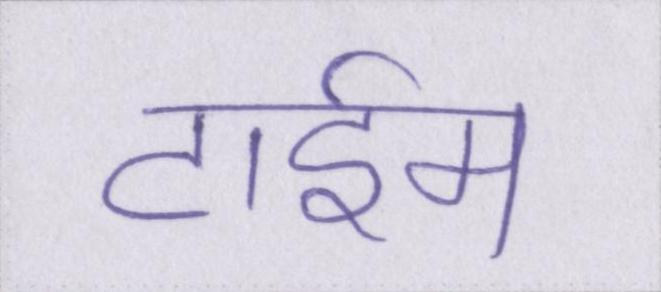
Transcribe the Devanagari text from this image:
टाईम